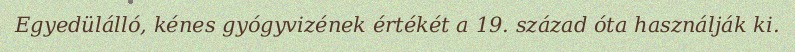
Egyedülálló, kénes gyógyvizének értékét a 19. század óta használják ki.